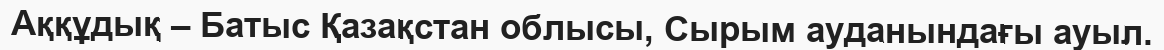
Аққұдық – Батыс Қазақстан облысы, Сырым ауданындағы ауыл.